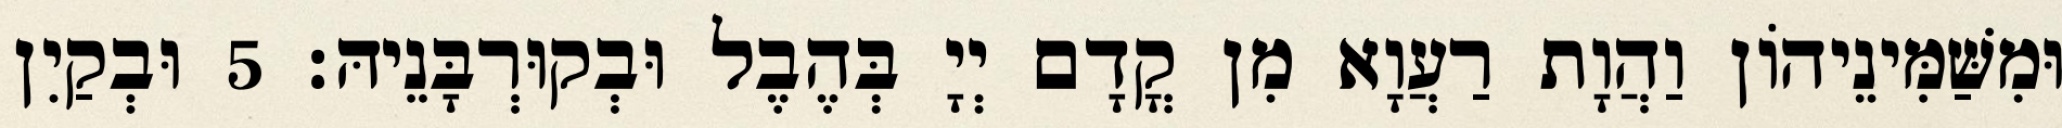
וּמִשַּׁמִּינֵיהוֹן וַהֲוָת רַעֲוָא מִן קֳדָם יְיָ בְּהֶבֶל וּבְקוּרְבָּנֵיהּ׃ 5 וּבְקַיִן